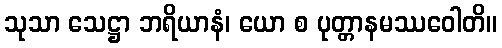
သုသာ သေဋ္ဌာ ဘရိယာနံ၊ ယော စ ပုတ္တာနမဿဝေါတိ။